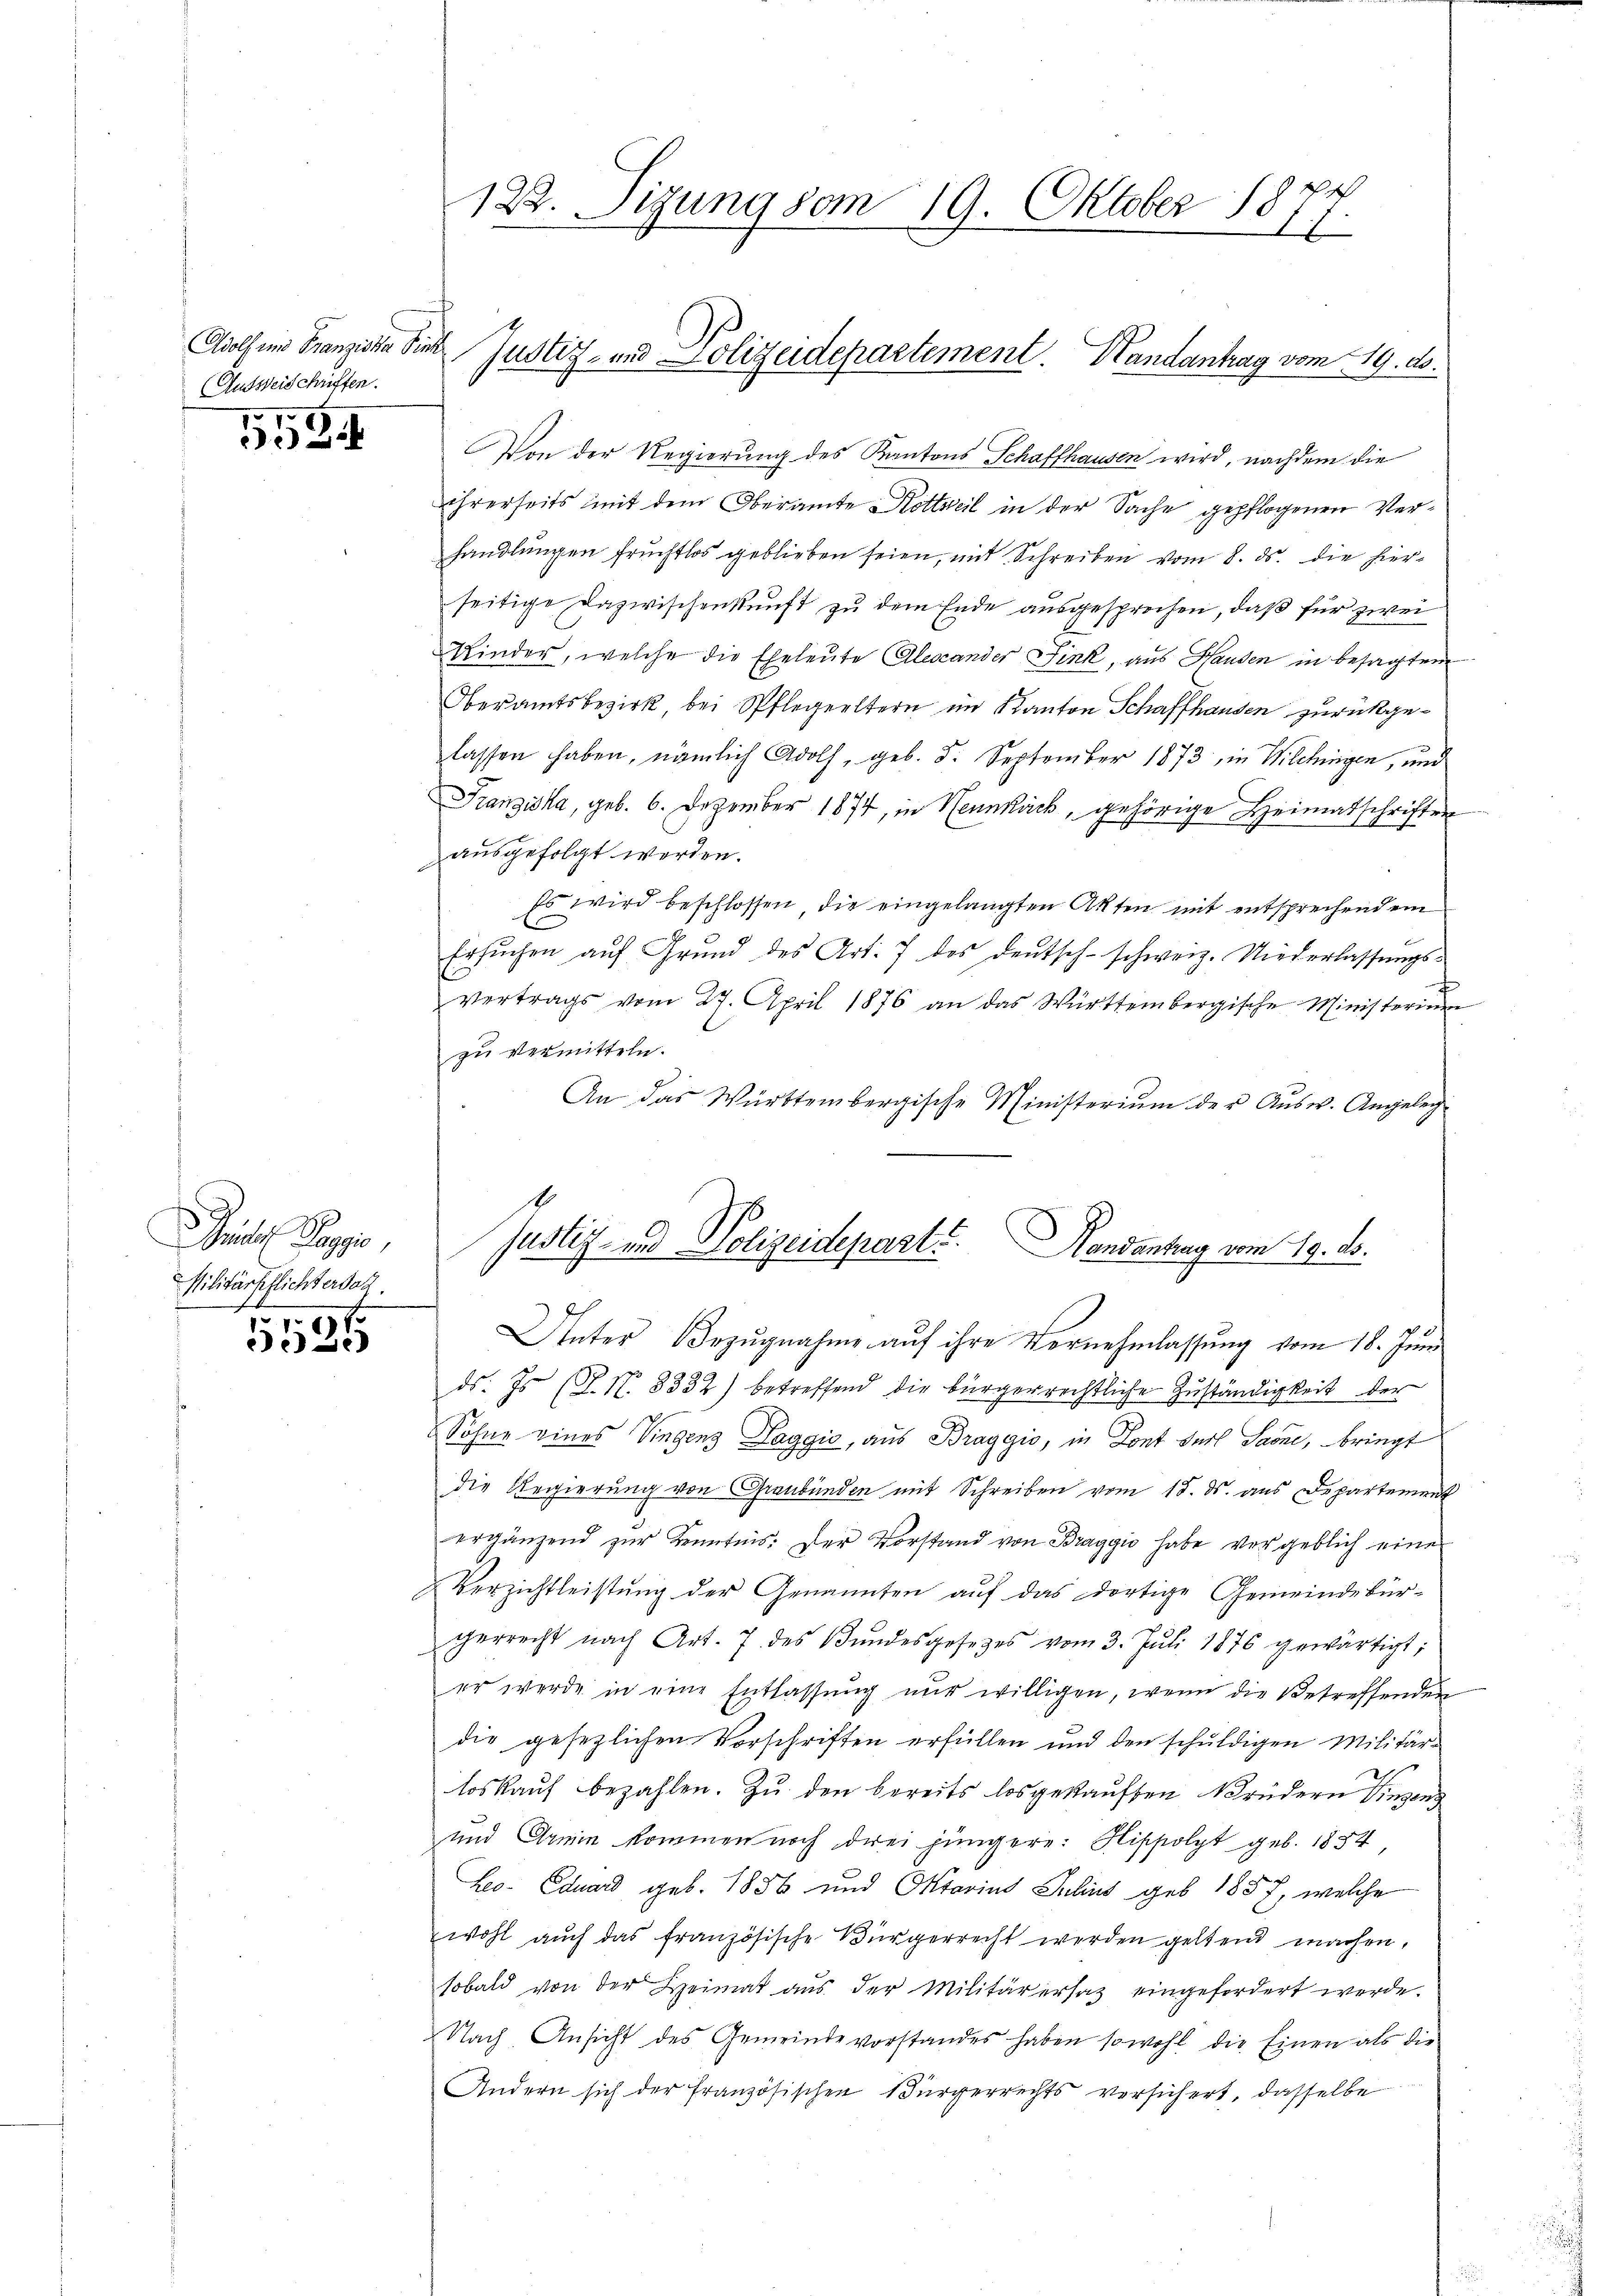
Ausweisschriften.

1524

Graf Pappe,
Militärpflichterdac

17
30)

122. Sizung vom 19. Oktober 1877.

Von der Regierung des Kantons Schaffhausen wird, nachdem die
ihrerseits mit dem Oberamte Hottweil in der Sache gepflogenen Verhandlungen fruchtlos geblieben seien, mit Schreiben vom 8. ds. die hierseitige Dazwischenkunft zu dem Ende ausgesprochen, daß für zwei
Kinder, welche die Eheleute Alescander Fink, aus Hausen in besagtem
Oberamtsbezirk, bei Pflegeeltern im Kanton Schaffhausen zurückgelassen haben, nämlich Adolf, geb. 5. September 1873, in Wilchingen, und
Franziska, geb. 6. Dezember 1874, in Neunkick, gehörige Heimatschriften
ausgefolgt worden.
Es wird beschlossen, die eingelangten Akten mit entsprechendem
Ersuchen auf Grund des Art. 7 des deutsch-schweiz. Niederlassungsvertrags vom 27. April 1876 an das Württembergische Ministerium
zu vermitteln.
An das Württembergische Ministeriŭm der Aŭsw. Angeleg
Justiz- und Polizeidepart? Handantrag vom 19. ds.
Unter Bezŭgnahme aŭf ihre Vernehmlassŭng vom 18. Juni
ds. Js. (T. N. 8332) betreffend die bürgerrechtliche Zuständigkeit der
Söhne eines Viegens Taggio, aus Braggio, in Lont der Sarne, bringt
die Regierung von Graubünden mit Schreiben vom 18. ds. aus Departement
ergänzend zur Kenntnis: Der Vorstand von Braggio habe vergeblich eine
Verzichtleistŭng der Genannten aŭf das dortige Gemeindebürgerrecht nach Art. 7 des Bŭndesgesetzes vom 3. Juli 1876 gewärtigt;
er werde in eine Entlassŭng nŭr willigen, wenn die Betreffenden
die gesezlichen Vorschriften erfüllen und den schŭldigen Militär-
Us
loskauf bezahlen. Zu den bereits losgekauften Brüdern Vinzens
und Armin kommen noch drei jüngere: Hippolyt geb. 1854,
Leo- Eduard geb. 1856 und Oktavins Julius geb. 1857, welche
wohl aŭch das französische Bürgerrecht werden geltend machen,
sobald von der Heimat aus der Militär ersatz eingefordert werde.
Nach Ansicht des Gemeindevorstandes haben sowohl die Einen als die
Andern sich der französischen Bürgerrechts versichert, dasselbe

Adolf in Franziska Sie Justiz- und Polizeidepartement. Handantrag vom 19. ds.